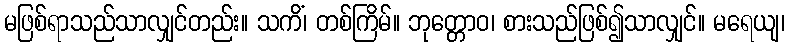
မဖြစ်ရာသည်သာလျှင်တည်း။ သကိံ၊ တစ်ကြိမ်။ ဘုတ္တောဝ၊ စားသည်ဖြစ်၍သာလျှင်။ မရေယျ၊